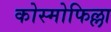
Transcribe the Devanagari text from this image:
कोस्मोफिल्ला